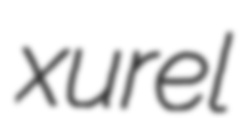
xurel